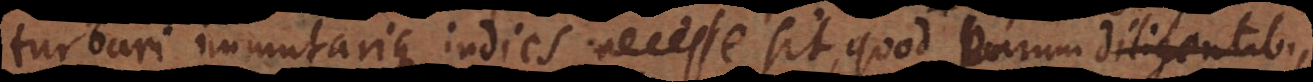
turbari immutarique indies necesse sit, quod parum diligentibus